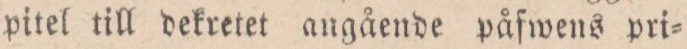
pitel till dekretet angående påfwens pri=